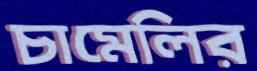
চামেলির